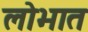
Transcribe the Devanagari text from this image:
लोभात